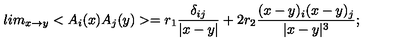
l i m _ { x \rightarrow y } < A _ { i } ( x ) A _ { j } ( y ) > = r _ { 1 } \frac { \delta _ { i j } } { | x - y | } + 2 r _ { 2 } \frac { ( x - y ) _ { i } ( x - y ) _ { j } } { | x - y | ^ { 3 } } ;